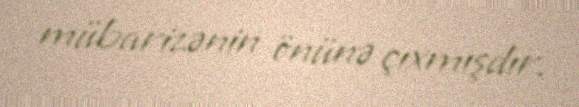
mübarizənin önünə çıxmışdır.